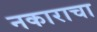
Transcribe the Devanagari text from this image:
नकाराचा